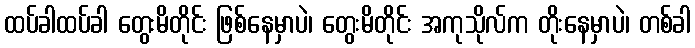
ထပ်ခါထပ်ခါ တွေးမိတိုင်း ဖြစ်နေမှာပဲ၊ တွေးမိတိုင်း အကုသိုလ်က တိုးနေမှာပဲ၊ တစ်ခါ